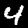
Digit: 4